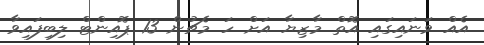
އެއް ވަނައިގައި އޮތް މާޒިޔާ އަށް ހަ މެޗުން 13 ޕޮއިންޓް ލިބިފައިވާ